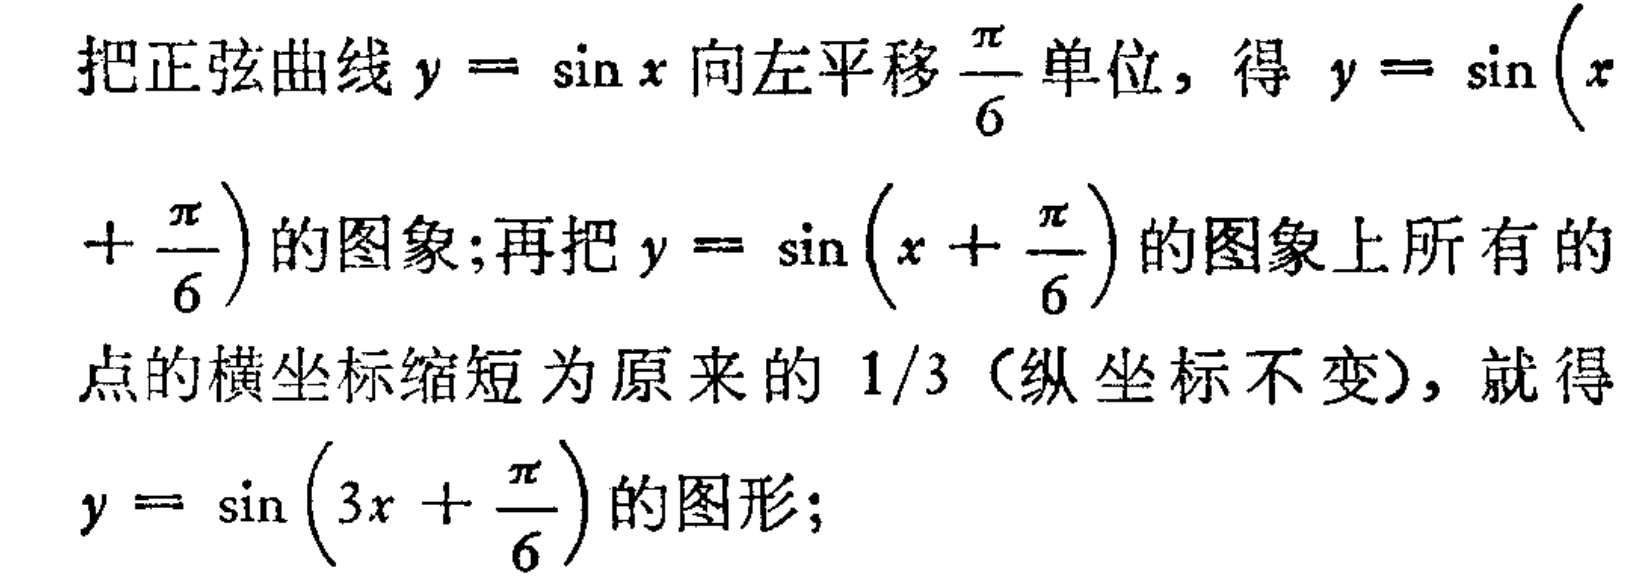
把正弦曲线\(y = \sin x\)向左平移\(\frac{\pi}{6}\)单位，得 \(y = \sin \left(x+\frac{\pi}{6}\right)\)的图象;再把\(y = \sin \left(x+\frac{\pi}{6}\right)\)的图象上所有的点的横坐标缩短为原来的 \(1/3\)（纵坐标不变），就得\(y = \sin \left(3x+\frac{\pi}{6}\right)\)的图形;